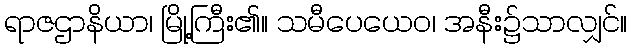
ရာဇဌာနိယာ၊ မြို့ကြီး၏။ သမီပေယေဝ၊ အနီး၌သာလျှင်။